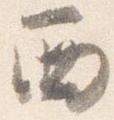
西